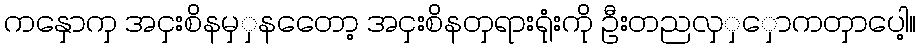
ကနှောကှ အငှးစိနမှှနတေော့ အငှးစိနတှရားရုံးကို ဦးတညလှှှောကတှာပေါ့။